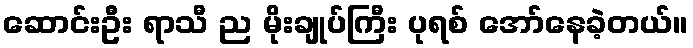
ဆောင်းဦး ရာသီ ည မိုးချုပ်ကြီး ပုရစ် အော်နေခဲ့တယ်။